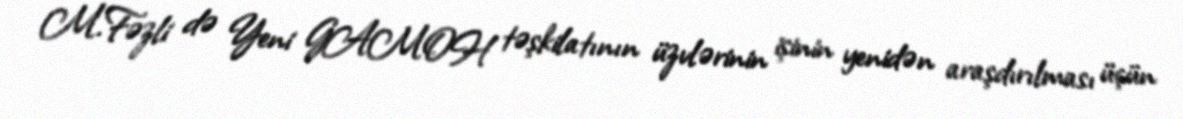
M.Fəzli də Yeni GAMOH təşkilatının üzvlərinin işinin yenidən araşdırılması üçün